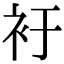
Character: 衧